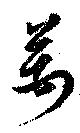
萬